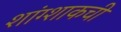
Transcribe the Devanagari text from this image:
शांग्शाकची